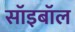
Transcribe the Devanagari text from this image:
सॉइबॉल